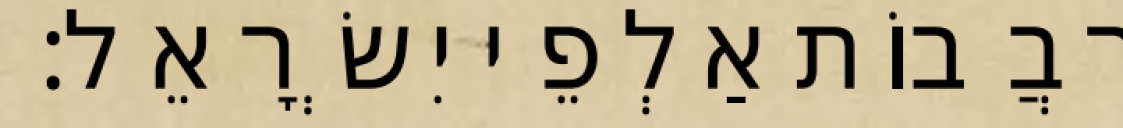
רִבֲבוֹת אַלְפֵי יִשְׂרָאֵל׃